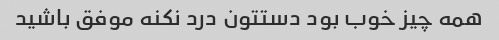
همه چیز خوب بود دستتون درد نکنه موفق باشید